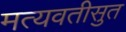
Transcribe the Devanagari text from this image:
मत्यवतीसुत